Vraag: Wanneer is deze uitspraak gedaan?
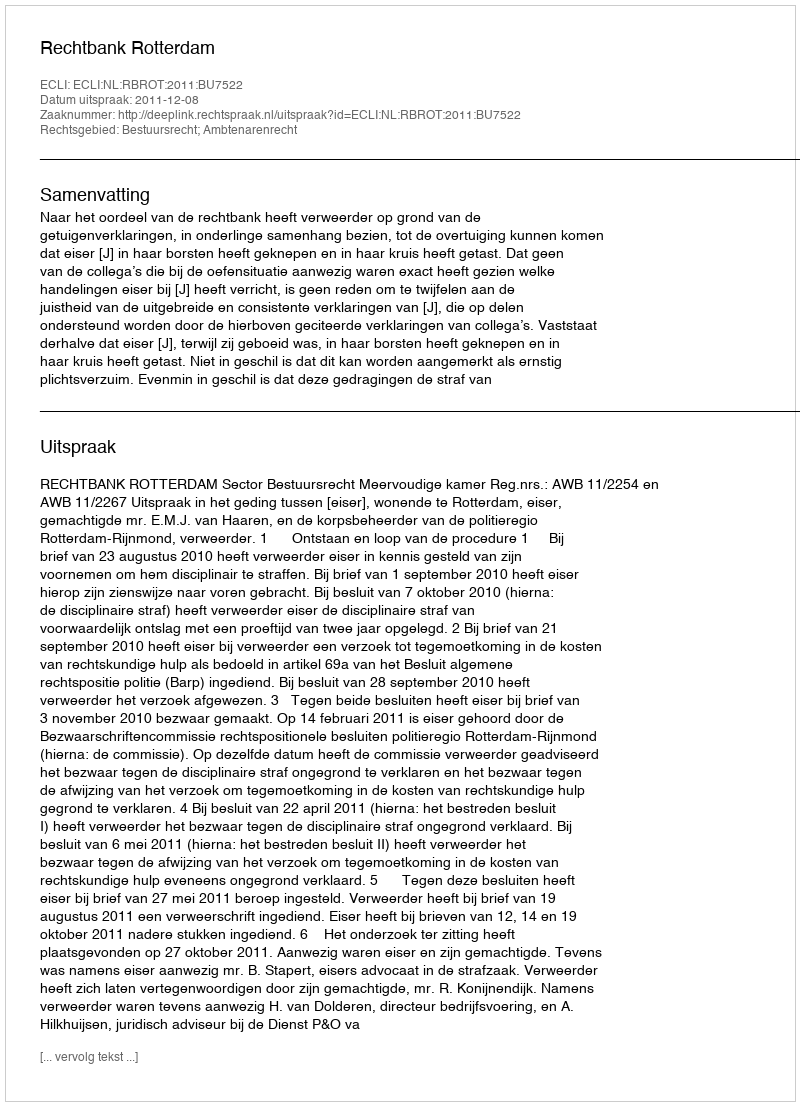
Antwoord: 2011-12-08